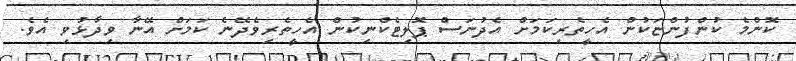
ކޮންމެ ކުންފުންޏަކުން އެހީތެރިކަމަށް އެދުނަސް ޕޮލިޓެކްނިކުން އެހީތެރިވެދޭނެ ކަަމަށް އޭނާ ވިދާޅުވި އެވެ.